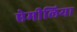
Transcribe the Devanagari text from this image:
ऐमीलिया